Lunatic asylums in Bengal annual reports 1899-1911 - 1899-1911
Year: 1899
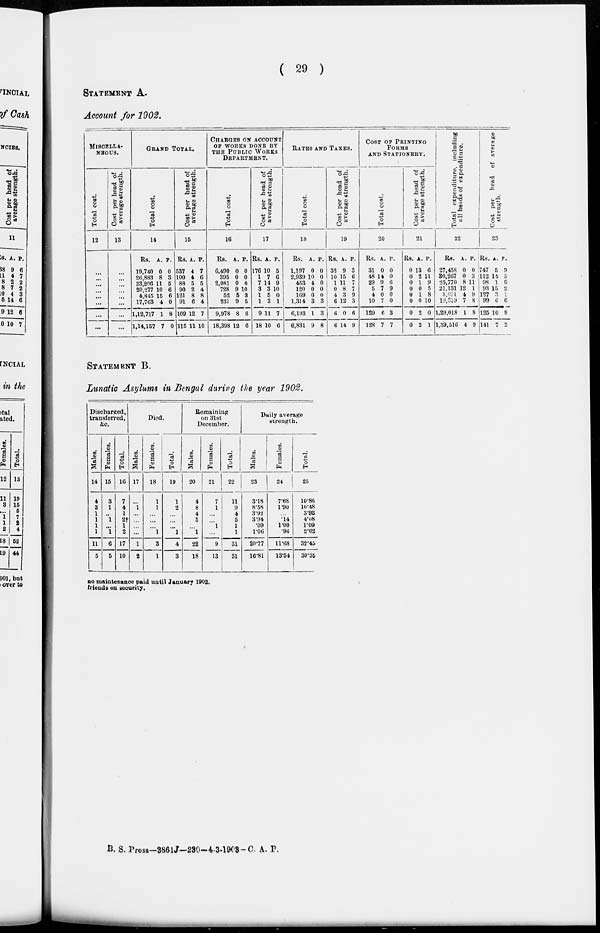
( 29 )
STATEMENT A.
Account for 1902.
MISCELLA-
NEOUS.
Total cost.
12
...
...
...
...
...
...
...
...
Cost per head of
average strength.
13
...
...
...
...
...
...
...
...
GRAND TOTAL.
Total cost.
14
Rs.
19,740
26,883
23,206
20,277
4,845
17,763
1,12,717
1,14,157
A.
0
8
11
10
15
4
1
7
P.
0
3
5
6
6
0
8
0
Cost per head of
average strength.
15
Rs.
537
100
88
90
121
91
109
115
A.
4
4
5
2
8
6
12
11
P.
7
6
5
4
8
4
7
10
CHARGES ON ACCOUNT
OF WORKS DONE BY
THE PUBLIC WORKS
DEPARTMENT.
Total cost.
16
Rs.
6,490
395
2,081
728
52
231
9,978
18,398
A.
0
0
0
9
5
9
8
12
P.
0
0
0
10
3
5
6
6
Cost per head of
average strength.
17
Rs.
176
1
7
3
1
1
9
18
A.
10
7
14
3
5
3
11
10
P.
5
6
9
10
0
1
7
6
RATES AND TAXES.
Total cost.
18
Rs.
1,197
2,939
453
120
169
1,314
6,193
6,831
A.
0
10
4
0
0
3
1
9
P.
0
0
0
0
0
3
3
8
Cost per head of
average strength.
19
Rs.
32
10
1
0
4
6
6
6
A.
9
15
11
8
3
12
0
14
P.
3
6
7
7
9
3
6
9
COST OF PRINTING
FORMS
AND STATIONERY.
Total cost.
20
Rs.
31
48
29
5
4
10
129
128
A.
0
14
9
7
0
7
6
7
P.
0
0
6
9
0
0
3
7
Cost per head of
average strength.
21
Rs.
0
0
0
0
0
0
0
0
A.
13
2
1
0
1
0
2
2
P.
6
11
9
5
8
10
0
1
Total expenditure, including
all heads of expenditure.
22
Rs.
27,458
30,267
25,770
21,131
5,071
13,319
1,29,018
1,39,516
A.
0
0
8
12
4
7
1
4
P.
0
3
11
1
9
8
8
9
Cost per head of average
strength.
23
Rs.
747
112
98
93
127
99
125
141
A.
5
14
1
15
3
6
10
7
P.
9
5
6
2
1
6
8
2
STATEMENT B.
Lunatic Asylums in Bengal during the year 1902.
Discharged,
transferred,
&c.
Males.
14
4
3
1
1
1
1
11
5
Females.
15
3
1
...
1
...
1
6
5
Total.
16
7
4
1
2†
1
2
17
10
Died.
Males.
17
...
1
...
...
...
...
1
2
Females.
18
1
1
...
...
...
1
3
1
Total.
19
1
2
...
...
...
1
4
3
Remaining
on 31st
December.
Males.
20
4
8
4
5
...
1
22
18
Females.
21
7
1
...
...
1
...
9
13
Total.
22
11
9
4
5
1
1
31
31
Daily average
strength.
Males.
23
3.18
8.58
3.93
3.94
.09
1.06
20.77
16.81
Females.
24
7.68
1.90
...
.14
1.00
.96
11.68
13.54
Total.
25
10.86
10.48
3.92
4.08
1.09
2.02
32.45
30.35
no maintenance paid until January 1902.
friends on security.
B. S. Press—3861J—230-4-3-1903-C. A. P.